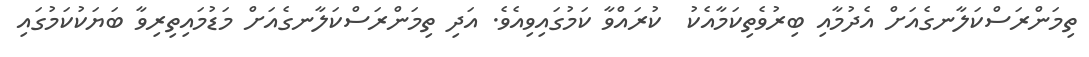
ތިމަންރަސްކަލާނގެއަށް އެދުމާއި ބިރުވެތިކަމާއެކު  ކުރައްވާ ކަމުގައިވިއެވެ. އަދި ތިމަންރަސްކަލާނގެއަށް މަޑުމައިތިރިވާ ބަޔަކުކަމުގައި